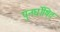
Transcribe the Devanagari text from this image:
पुनर्घोषित